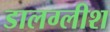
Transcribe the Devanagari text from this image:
डालग्लीश